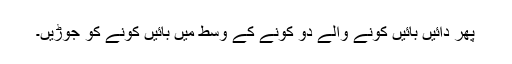
پھر دائیں بائیں کونے والے دو کونے کے وسط میں بائیں کونے کو جوڑیں۔